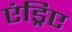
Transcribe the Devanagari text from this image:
एंड्रिए